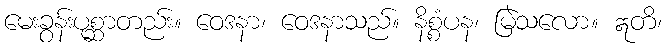
မေးခွန်းပုစ္ဆာတည်း။ ဝေဒနာ၊ ဝေဒနာသည်။ နိစ္စံပန၊ မြဲသလော။ ဣတိ၊